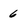
Character: 6